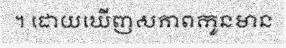
។ ដោយឃើញសភាពកូនមាន